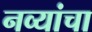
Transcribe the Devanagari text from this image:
नव्यांचा